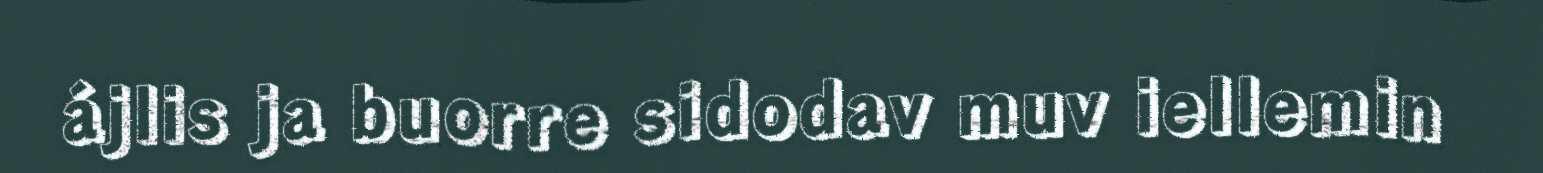
ájlis ja buorre sidodav muv iellemin